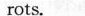
_rots.